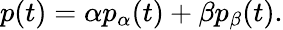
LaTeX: p(t)=\alpha p_{\alpha}(t)+\beta p_{\beta}(t).